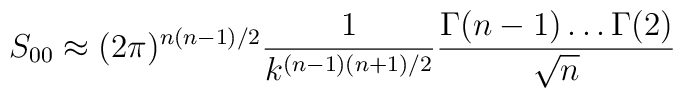
S_{00}\approx(2\pi)^{n(n-1)/2}\frac{1}{k^{(n-1)(n+1)/2}}\frac{\Gamma(n-1)\ldots\Gamma(2)}{\sqrt{n}}